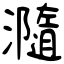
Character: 瀡